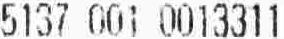
5137 001 0013311